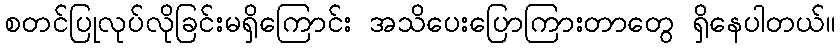
စတင်ပြုလုပ်လိုခြင်းမရှိကြောင်း အသိပေးပြောကြားတာတွေ ရှိနေပါတယ်။